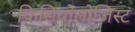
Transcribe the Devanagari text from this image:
फिसियोलोजिस्ट